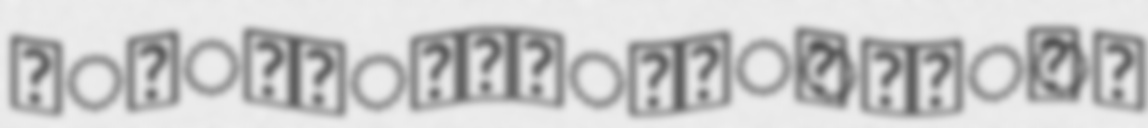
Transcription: ব্রাহ্মণবাড়িয়া